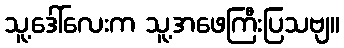
သူ့ဒေါ်လေးက သူ့အဖေကြီးပြသဗျ။